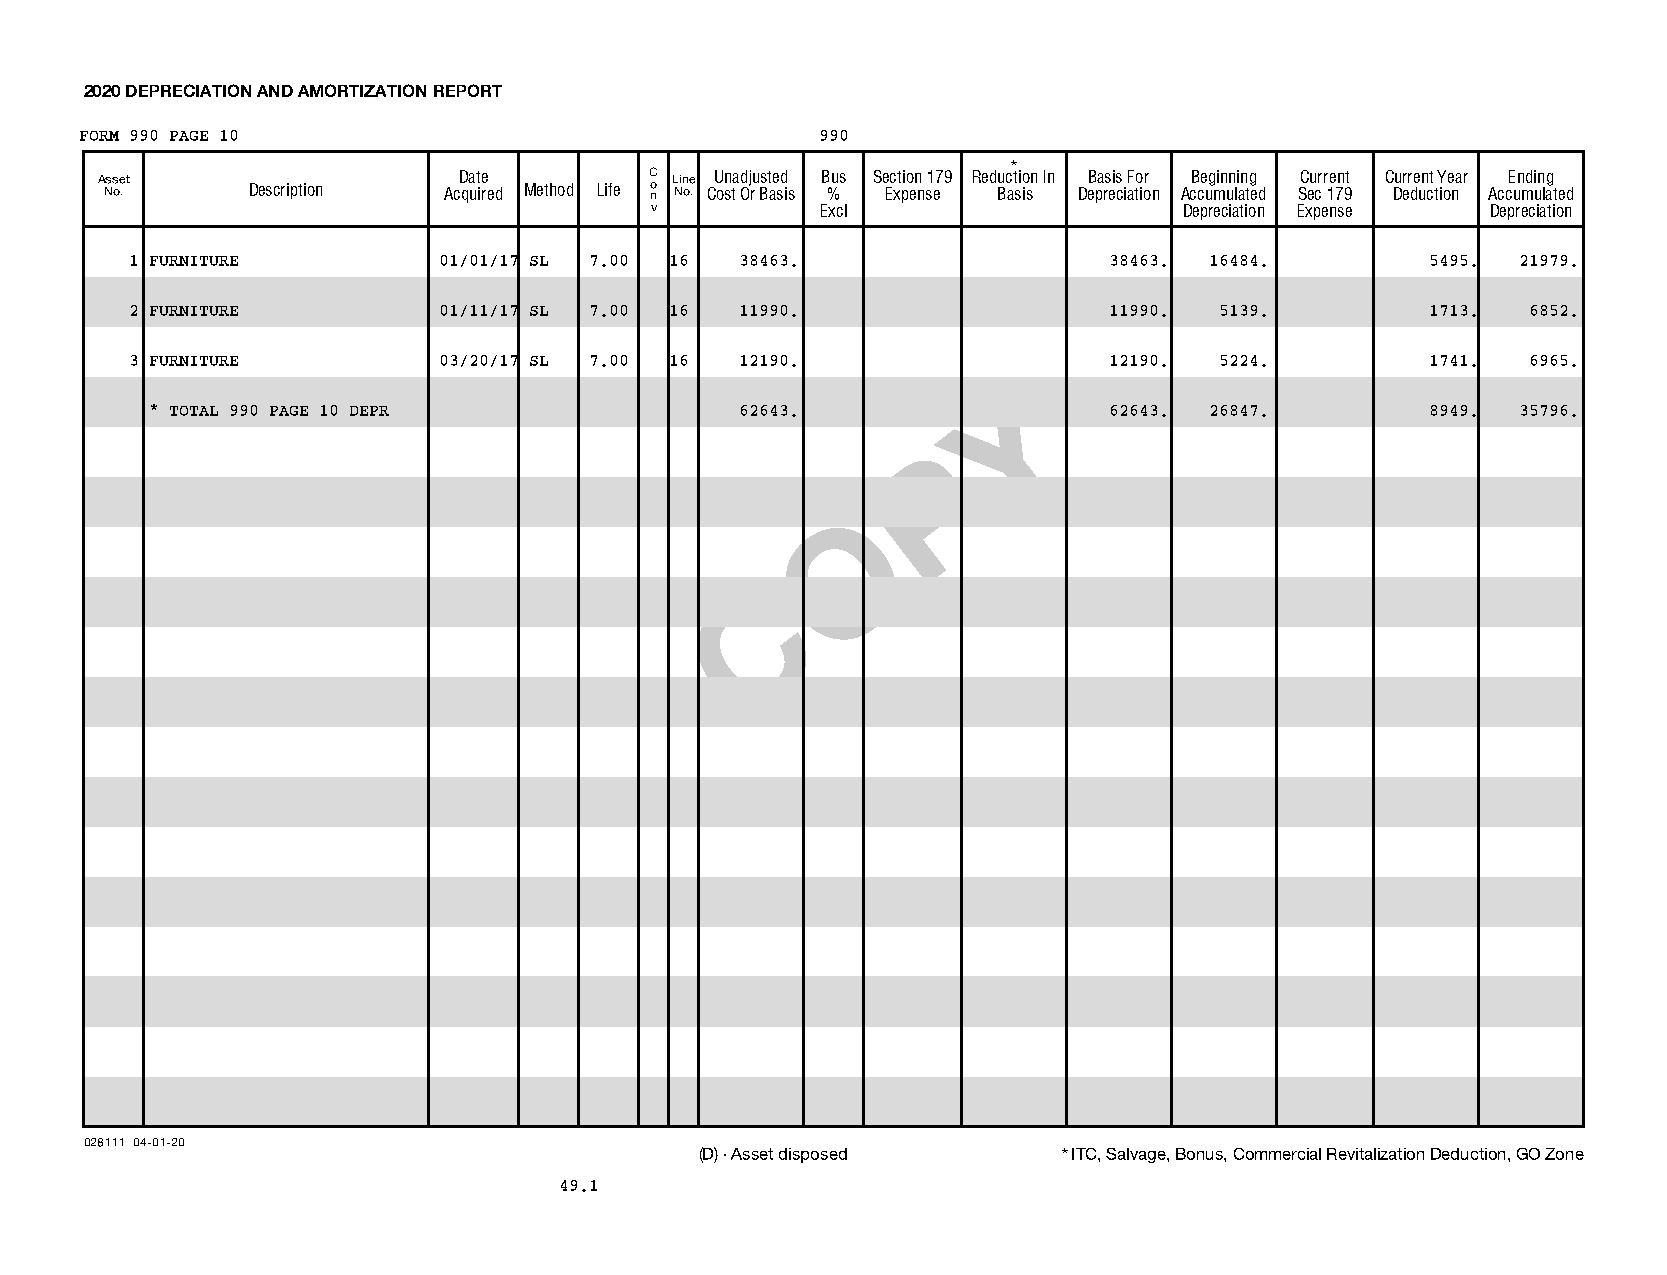
2020 DEPRECIATION AND AMORTIZATION REPORT
 FORM 990 PAGE 10                                 990
 *
 A Nss oe .t Description AcD qa ut ie red Method Life C o n L Nin oe . CU on sta d Oj ru Bst ae sd is B %us Se Ec xt pio en n s1 e79 Red u Bc at sio isn In DeB pa rs eis c iaF to ior n AcB ce ug min un li an tg ed SC eu cr r 1e 7n 9t C Dur er de un ct tY ioe nar AccE un mdi un lg ated
 v          Excl                    Depreciation Expense Depreciation
 1 FURNITURE         01/01/17 SL 7.00 16 38463.                  38463. 16484.         5495. 21979.
 2 FURNITURE         01/11/17 SL 7.00 16 11990.                  11990.  5139.         1713. 6852.
 3 FURNITURE         03/20/17 SL 7.00 16 12190.                  12190.  5224.         1741. 6965.
 Y
 * TOTAL 990 PAGE 10 DEPR               62643.                  62643. 26847.         8949. 35796.
 P
 O
 C
 028111 04-01-20
 (D) - Asset disposed    * ITC, Salvage, Bonus, Commercial Revitalization Deduction, GO Zone
 49.1
 07411112 765183 7015 2020.04030 VALLEY SETTLEMENT 7015___1